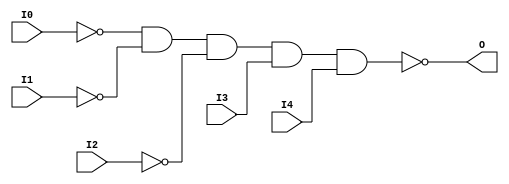
module NAND5B3 (O, I0, I1, I2, I3, I4);

    output O;

    input  I0, I1, I2, I3, I4;

    wire i0_inv;
    wire i1_inv;
    wire i2_inv;

    not N2 (i2_inv, I2);
    not N1 (i1_inv, I1);
    not N0 (i0_inv, I0);
    nand A1 (O, i0_inv, i1_inv, i2_inv, I3, I4);


endmodule